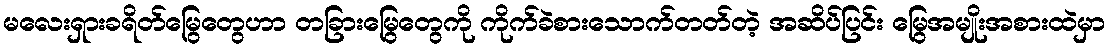
မလေးရှားခရိတ်မြွေတွေဟာ တခြားမြွေတွေကို ကိုက်ခဲစားသောက်တတ်တဲ့ အဆိပ်ပြင်း မြွေအမျိုးအစားထဲမှာ